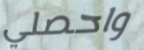
واحصلي